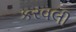
કરવલી